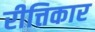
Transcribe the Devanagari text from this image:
रीत्तिकार